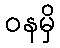
ဝနမှိ